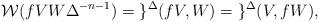
LaTeX: \begin{align*}\mathcal{W}( f VW \Delta ^{-n-1}) = \mathcal{g}^{\Delta}(fV,W)=\mathcal{g}^{\Delta}(V,fW),\end{align*}